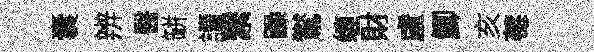
囊辨醫缾讀繄躁鸑缠財盧鯽亥莓